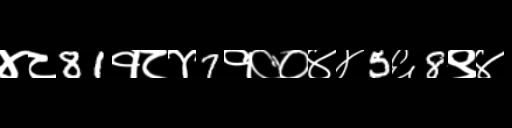
Text: ४८81१८४7१००४४5६8९४